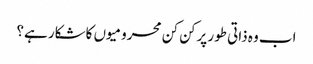
اب وہ ذاتی طور پرکن کن محرومیوں کاشکار ہے؟